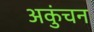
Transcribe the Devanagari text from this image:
अकुंचन